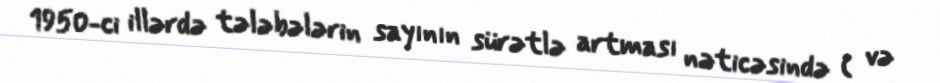
1950-ci illərdə tələbələrin sayının sürətlə artması nəticəsində ( və